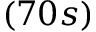
( 7 0 s )